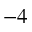
^ { - 4 }